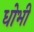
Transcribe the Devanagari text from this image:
धोभी